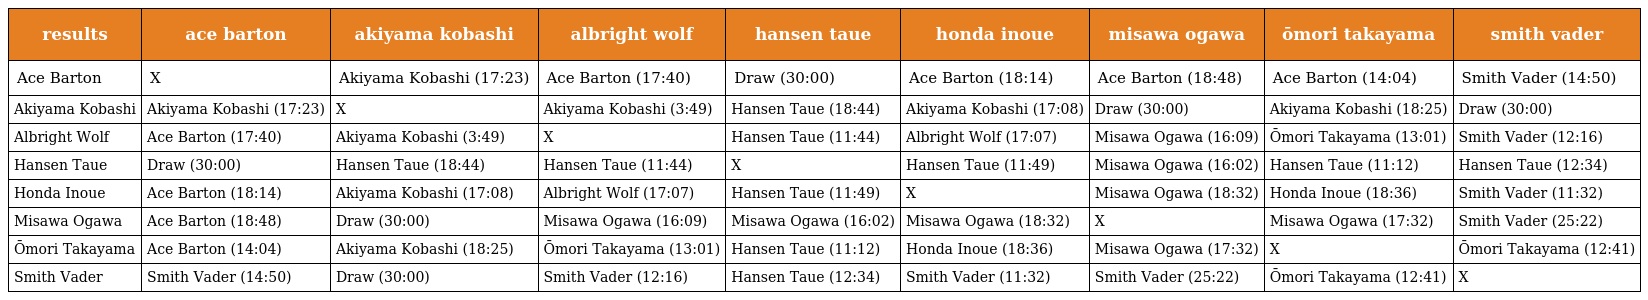
| results | ace barton | akiyama kobashi | albright wolf | hansen taue | honda inoue | misawa ogawa | ōmori takayama | smith vader |
 | --- | --- | --- | --- | --- | --- | --- | --- | --- |
 | Ace Barton | X | Akiyama Kobashi (17:23) | Ace Barton (17:40) | Draw (30:00) | Ace Barton (18:14) | Ace Barton (18:48) | Ace Barton (14:04) | Smith Vader (14:50) |
 | Akiyama Kobashi | Akiyama Kobashi (17:23) | X | Akiyama Kobashi (3:49) | Hansen Taue (18:44) | Akiyama Kobashi (17:08) | Draw (30:00) | Akiyama Kobashi (18:25) | Draw (30:00) |
 | Albright Wolf | Ace Barton (17:40) | Akiyama Kobashi (3:49) | X | Hansen Taue (11:44) | Albright Wolf (17:07) | Misawa Ogawa (16:09) | Ōmori Takayama (13:01) | Smith Vader (12:16) |
 | Hansen Taue | Draw (30:00) | Hansen Taue (18:44) | Hansen Taue (11:44) | X | Hansen Taue (11:49) | Misawa Ogawa (16:02) | Hansen Taue (11:12) | Hansen Taue (12:34) |
 | Honda Inoue | Ace Barton (18:14) | Akiyama Kobashi (17:08) | Albright Wolf (17:07) | Hansen Taue (11:49) | X | Misawa Ogawa (18:32) | Honda Inoue (18:36) | Smith Vader (11:32) |
 | Misawa Ogawa | Ace Barton (18:48) | Draw (30:00) | Misawa Ogawa (16:09) | Misawa Ogawa (16:02) | Misawa Ogawa (18:32) | X | Misawa Ogawa (17:32) | Smith Vader (25:22) |
 | Ōmori Takayama | Ace Barton (14:04) | Akiyama Kobashi (18:25) | Ōmori Takayama (13:01) | Hansen Taue (11:12) | Honda Inoue (18:36) | Misawa Ogawa (17:32) | X | Ōmori Takayama (12:41) |
 | Smith Vader | Smith Vader (14:50) | Draw (30:00) | Smith Vader (12:16) | Hansen Taue (12:34) | Smith Vader (11:32) | Smith Vader (25:22) | Ōmori Takayama (12:41) | X |